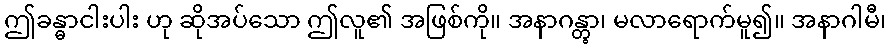
ဤခန္ဓာငါးပါး ဟု ဆိုအပ်သော ဤလူ၏ အဖြစ်ကို။ အနာဂန္တွာ၊ မလာရောက်မူ၍။ အနာဂါမီ၊